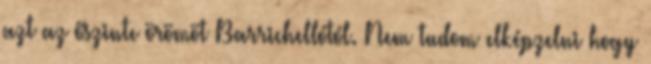
azt az őszinte örömöt Barrichellótól. Nem tudom elképzelni hogy